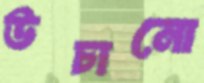
উচানো